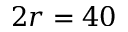
2 r = 4 0